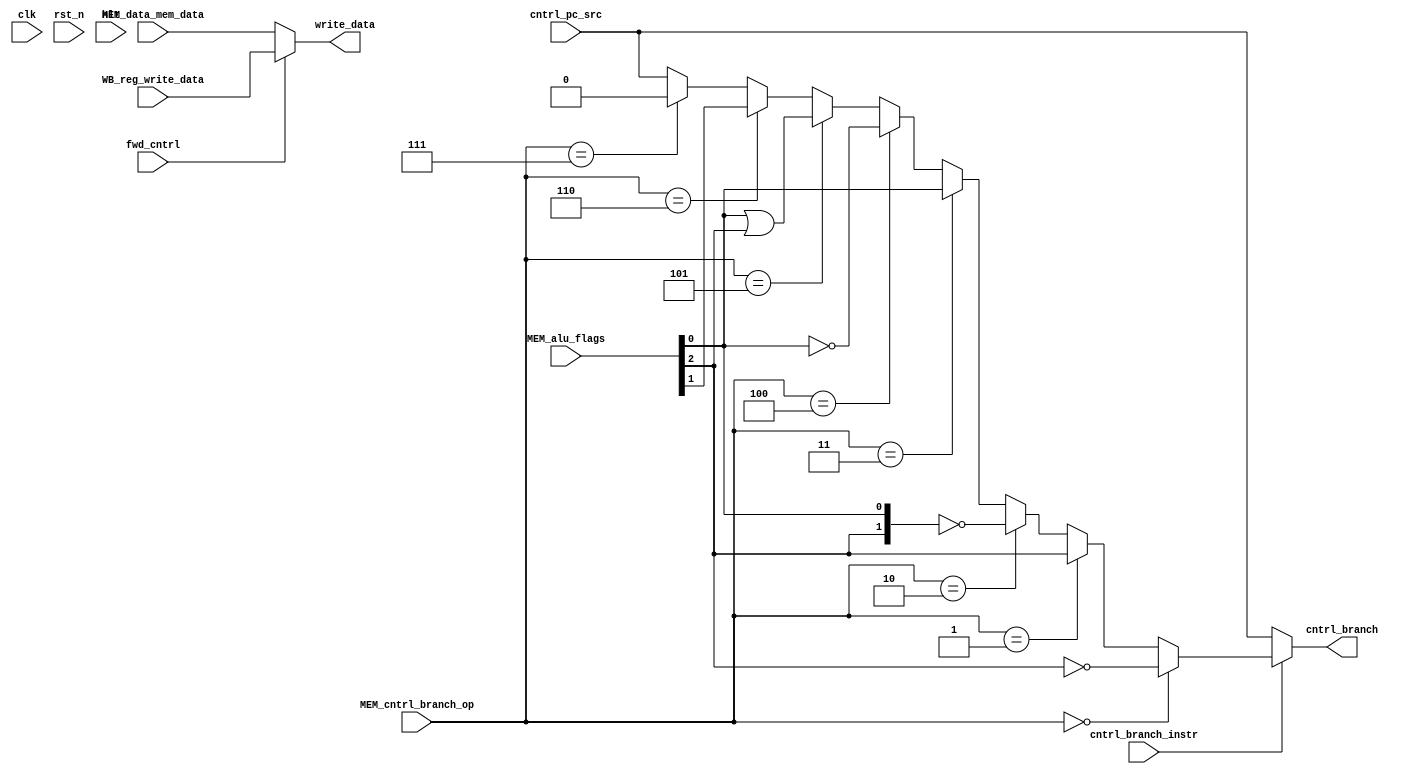
//MEMORY STAGE MODULE

module MEM(clk, rst_n, hlt, MEM_data_mem_data, MEM_alu_flags, MEM_cntrl_branch_op, cntrl_pc_src, cntrl_branch_instr, fwd_cntrl, WB_reg_write_data,      //INPUTS
	           cntrl_branch, write_data);       //OUTPUTS
  
  input clk, rst_n, hlt, cntrl_pc_src, cntrl_branch_instr, fwd_cntrl;
  input [2:0] MEM_alu_flags, MEM_cntrl_branch_op;
  input [15:0] MEM_data_mem_data, WB_reg_write_data;
  output cntrl_branch;
  output [15:0] write_data;
  
    //branch opcodes
  localparam NEQ = 3'b000;
  localparam EQ = 3'b001;
  localparam GT = 3'b010;
  localparam LT = 3'b011;
  localparam GTE = 3'b100;
  localparam LTE = 3'b101;
  localparam OVFL = 3'b110;
  localparam UNCOND = 3'b111;
  
  wire ZFlag, VFlag, NFlag;
  reg cntrl_branch_intermediate;
  
    //read in flags
  assign ZFlag = MEM_alu_flags[2];
  assign VFlag = MEM_alu_flags[1];
  assign NFlag = MEM_alu_flags[0];
    
    //if we are WB-MEM forwarding, make sure we get the writeback stage data 
  assign write_data = fwd_cntrl ? WB_reg_write_data : MEM_data_mem_data; 
  
     //look at branch op and check flags to decide whether we will branch or not
  assign cntrl_branch = (~cntrl_branch_instr) ? cntrl_pc_src :
                        (MEM_cntrl_branch_op == NEQ) ? !ZFlag :
                        (MEM_cntrl_branch_op == EQ) ? ZFlag :
                        (MEM_cntrl_branch_op == GT) ? ({ZFlag, NFlag} == 2'b00) :
                        (MEM_cntrl_branch_op == LT) ? NFlag :
                        (MEM_cntrl_branch_op == GTE) ? !NFlag :
                        (MEM_cntrl_branch_op == LTE) ? (NFlag | ZFlag) :
                        (MEM_cntrl_branch_op == OVFL) ? VFlag :
                        (MEM_cntrl_branch_op == UNCOND) ? 0 :
                        cntrl_pc_src;


endmodule